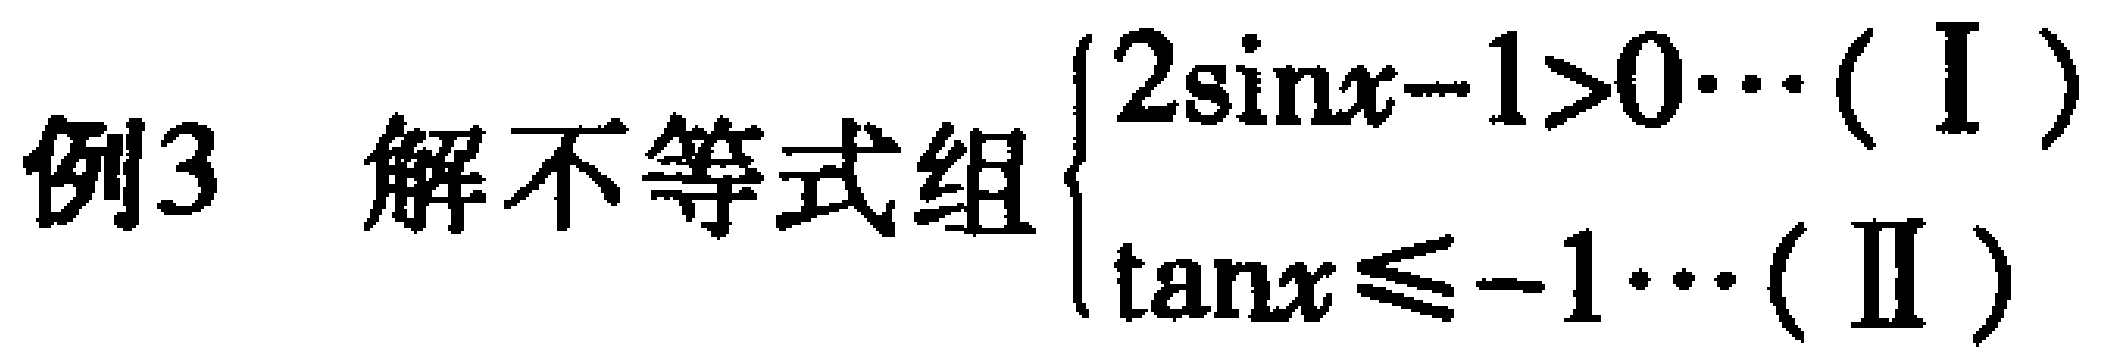
例3 解不等式组$\begin{cases}2\sin x - 1 > 0\cdots(\text{I})\\\tan x\leqslant - 1\cdots(\text{II})\end{cases}$